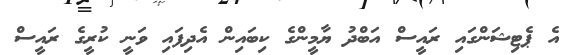
އެ ޕެޓިޝަންގައި ރައީސް އަބްދު ޔާމީންގެ ކިބައިން އެދިފައި ވަނީ ކުރީގެ ރައީސް